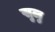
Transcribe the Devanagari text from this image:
सुलु